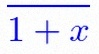
\frac{1}{1+x}